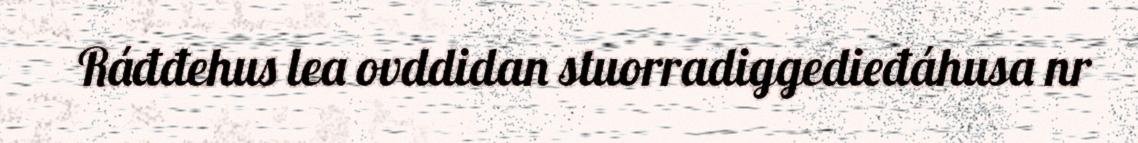
Ráđđehus lea ovddidan stuorradiggedieđáhusa nr